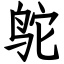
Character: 鸵